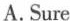
A.Sure